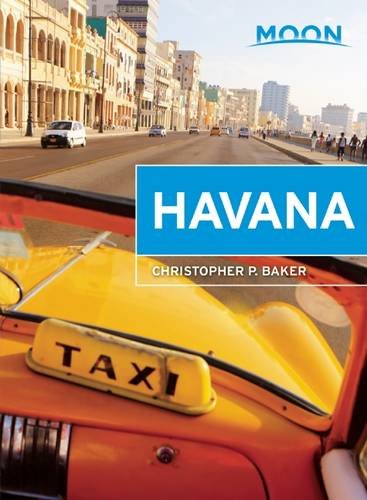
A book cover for Moon Havana (Moon Handbooks); Christopher P. Baker; Travel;